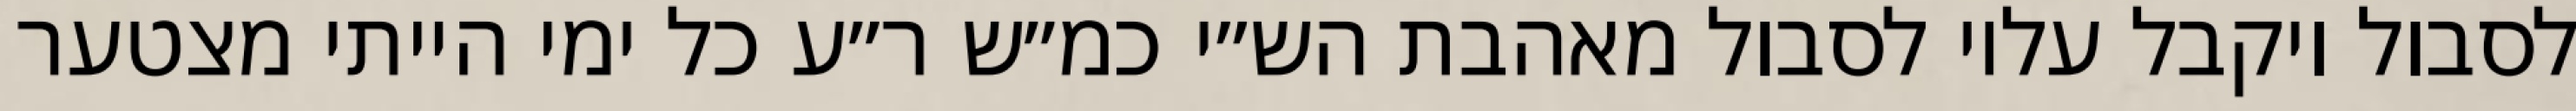
לסבול ויקבל עליו לסבול מאהבת הש״י כמ״ש ר״ע כל ימי הייתי מצטער